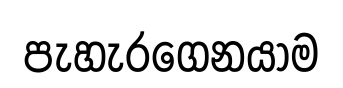
පැහැරගෙනයාම